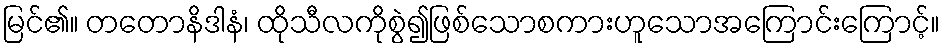
မြင်၏။ တတောနိဒါနံ၊ ထိုသီလကိုစွဲ၍ဖြစ်သောစကားဟူသောအကြောင်းကြောင့်။